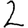
Digit: 2